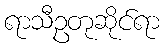
ရာသီဥတုဆိုင်ရာ